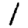
Digit: 1